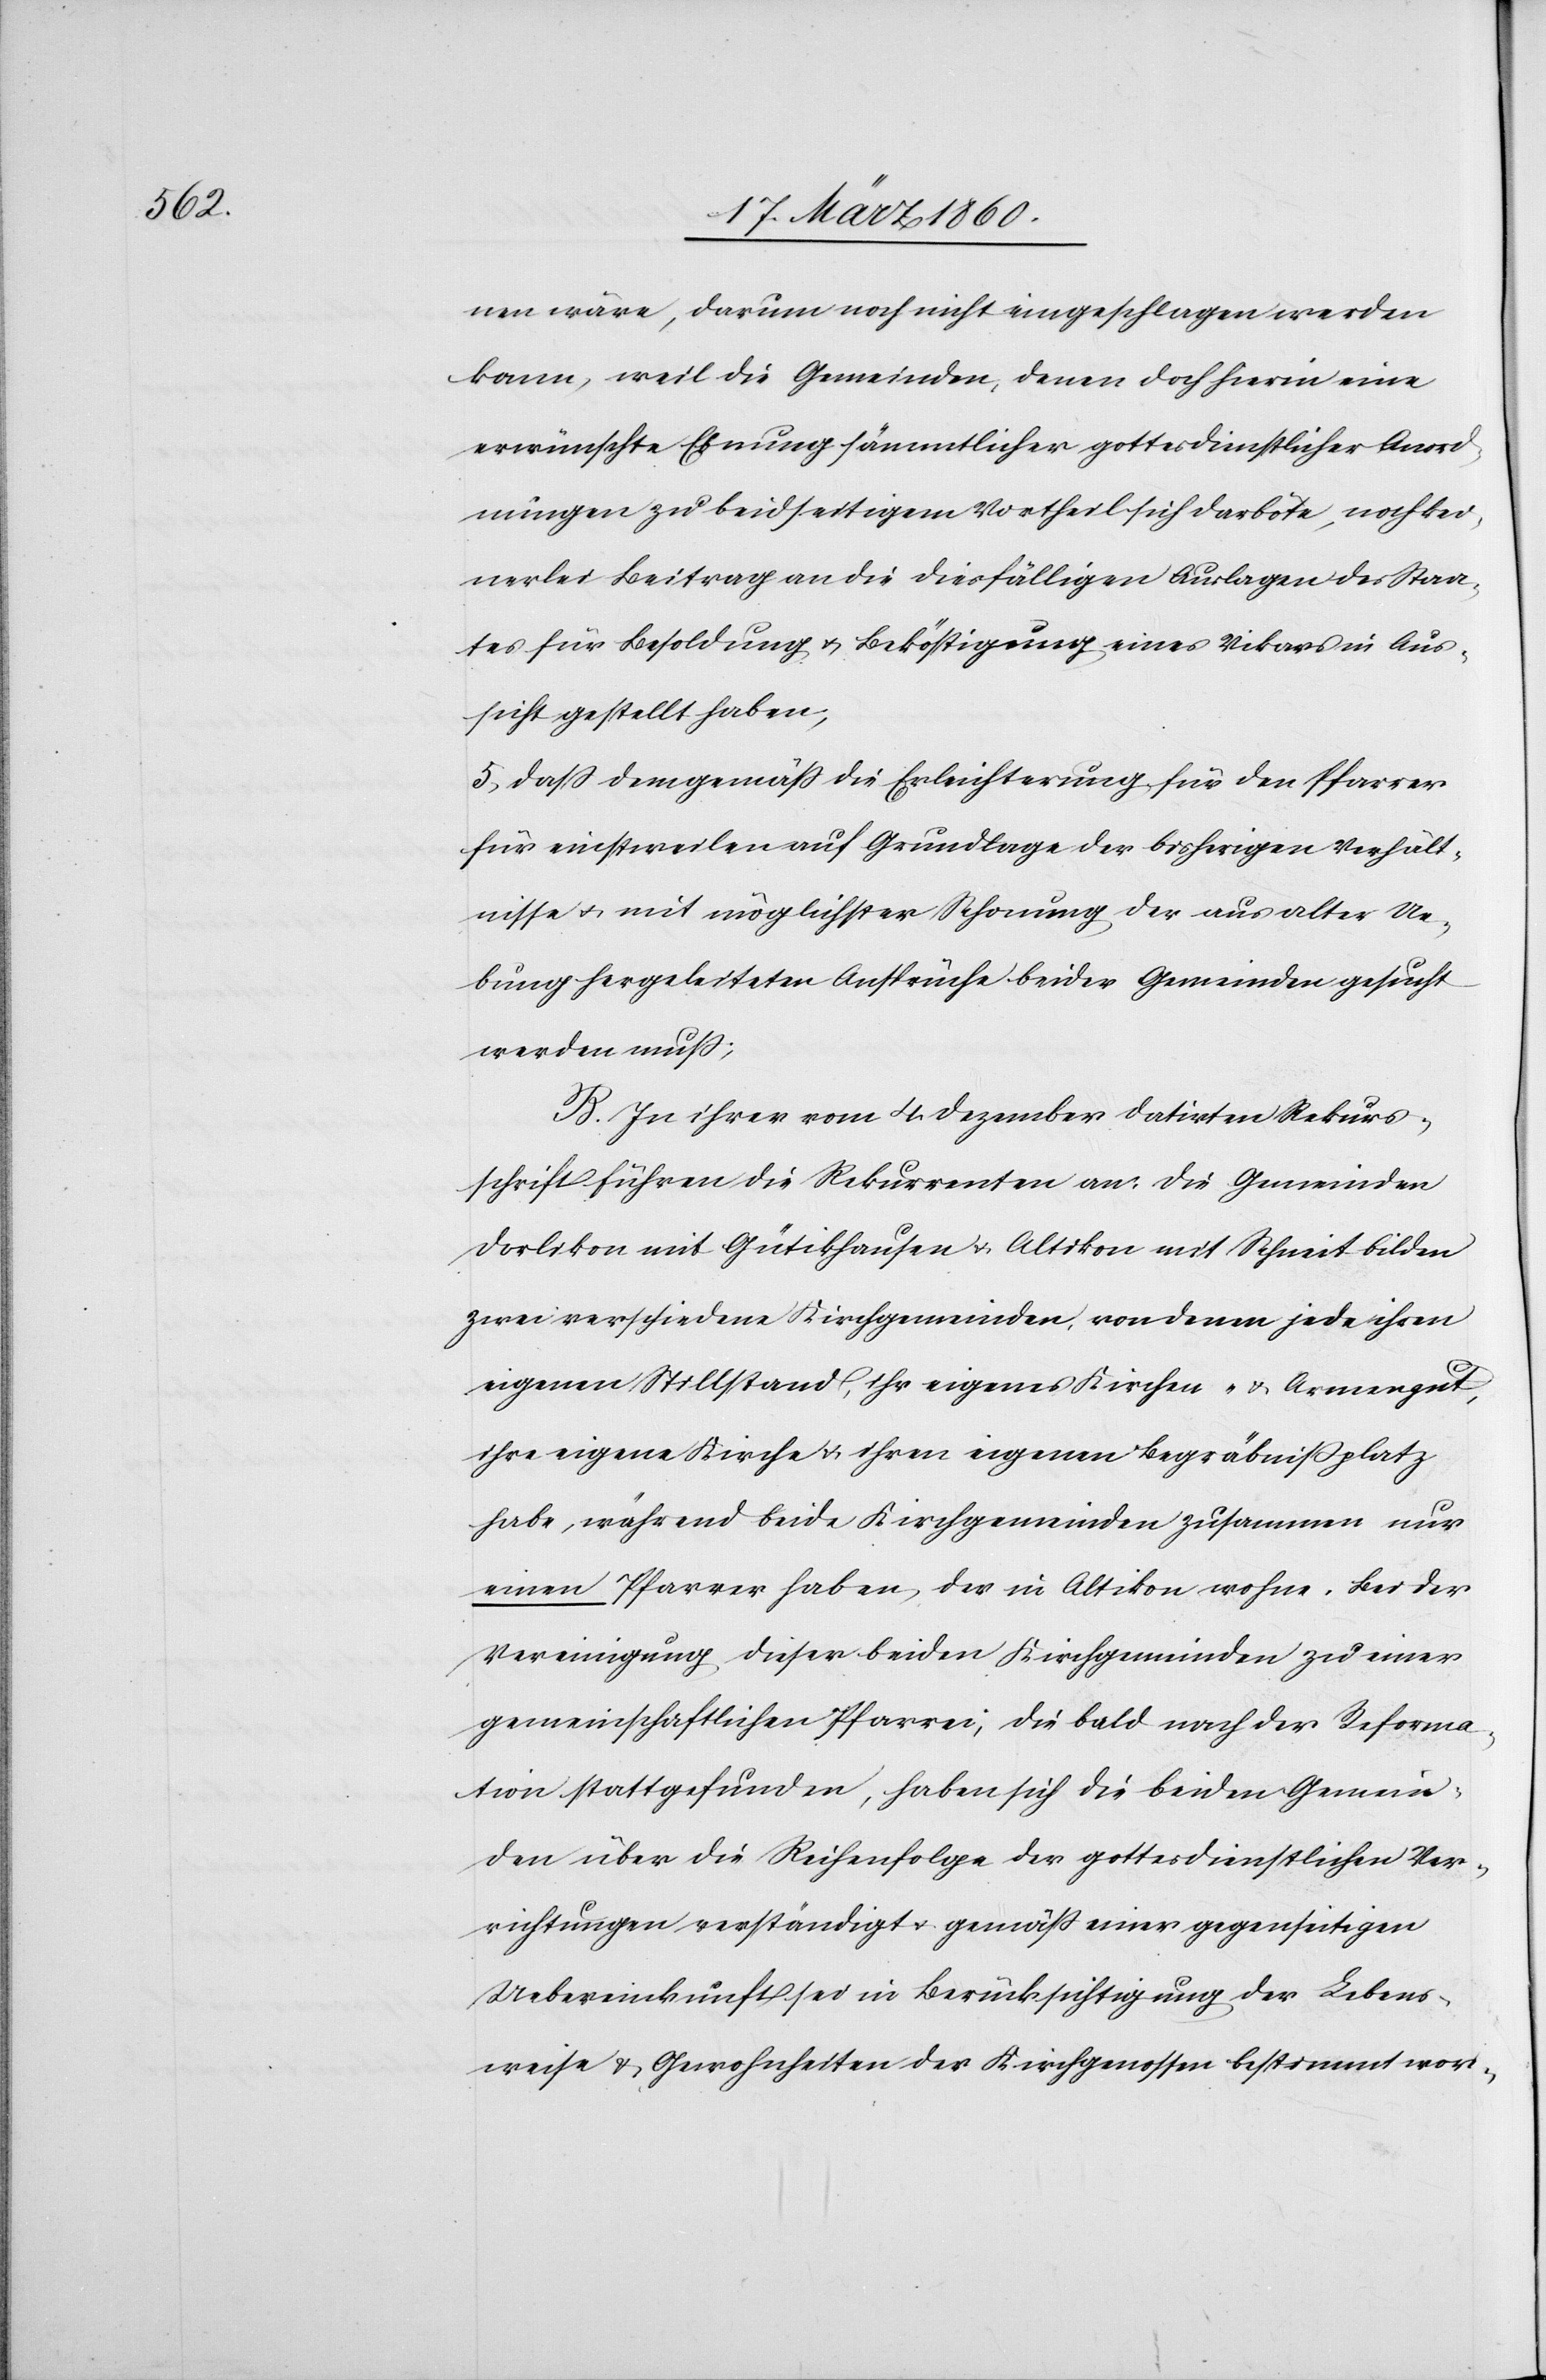
nen wäre, darum noch nicht eingeschlagen werden
kann, weil die Gemeinden, denen doch hierin eine
erwünschte Ebnung sämmtlicher gottesdienstlicher Anord¬
nungen zu beidseitigem Vortheil sich darböte, noch kei¬
nerlei Beitrag an die diesfälligen Auslagen des Staa¬
tes für Besoldung u. Beköstigung eines Vikars in Aus¬
sicht gestellt haben,
5. Dass demgemäß die Erleichterung für den Pfarrer
für einstweilen auf Grundlage der bisherigen Verhält¬
nisse u. mit möglichster Schonung der aus alter Ue¬
bung hergeleiteten Ansprüche beider Gemeinden gesucht
werden muss;
B. In ihrer vom 4. Dezember datirten Rekurs¬
schrift führen die Rekurrenten an: die Gemeinden
Dorlikon mit Gütikhausen u. Altikon mit Schneit bilden
zwei verschiedene Kirchgemeinden, von denen jede ihren
eigenen Stillstand, ihr eigenes Kirchen- u. Armengut,
ihre eigene Kirche u. ihren eigenen Begräbnissplatz
habe, während beide Kirchgemeinden zusammen nur
einen Pfarrer haben, der in Altikon wohne. Bei der
Vereinigung dieser beiden Kirchgemeinden zu einer
gemeinschaftlichen Pfarrei, die bald nach der Reforma¬
tion stattgefunden, haben sich die beiden Gemein¬
den über die Reihenfolge der gottesdienstlichen Ver¬
richtungen verständigt u. gemäss einer gegenseitigen
Uebereinkunft sei in Berücksichtigung der Lebens¬
weise, u. Gewohnheiten der Kirchgenossen bestimmt wor-